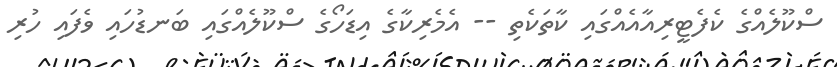
ސްކޫލެއްގެ ކެފެޓީރިއާއެއްގައި ކާތަކެތި -- އެމެރިކާގެ އިޑަހޯގެ ސްކޫލެއްގައި ބަނޑުހައި ވެފައި ހުރި